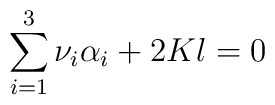
\sum_{i=1}^{3}\nu_{i}\alpha_{i}+2Kl=0